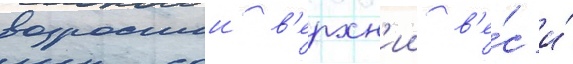
возросшии в'ерхн'ии в'е́с и́